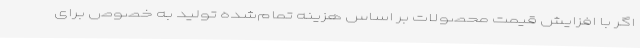
اگر با افزایش قیمت محصولات بر اساس هزینه تمام‌شده تولید به خصوص برای